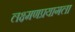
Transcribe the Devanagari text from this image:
लक्ष्मणप्रयागला